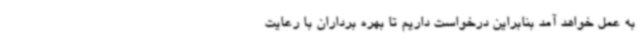
به عمل خواهد آمد بنابراین درخواست داریم تا بهره برداران با رعایت